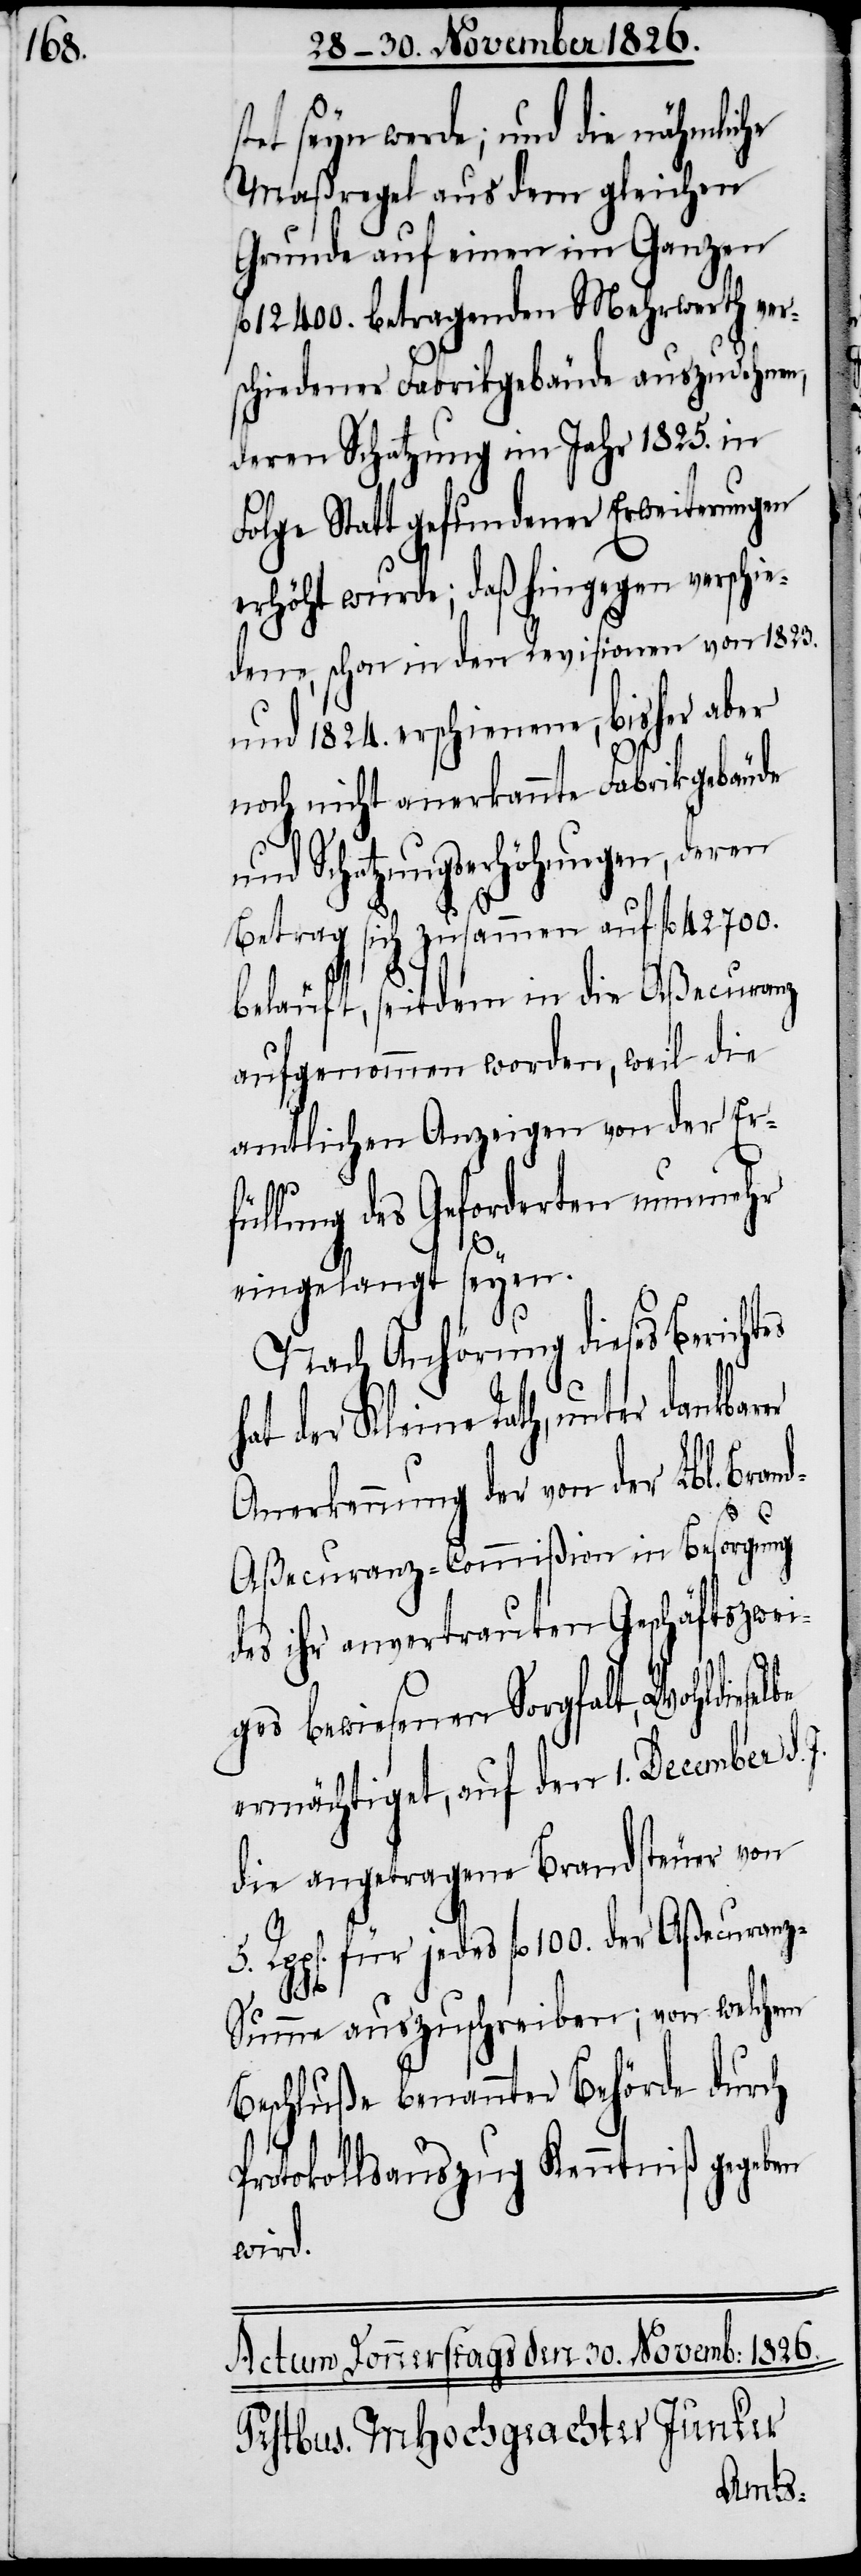
tet seyn werde; und die nähmliche
Maaßregel aus dem gleichen
Grunde auf einen im Ganzen
12 400. betragenden Mehrwerth ver¬
schiedener Fabrikgebäude auszudehnen,
deren Schatzung im Jahr 1825. in
Folge Statt gefundener Erweiterungen
erhöht wurde; daß hingegen verschi¬
edene, schon in den Revisionen von 1823.
und 1824. erschienene, bisher aber
noch nicht anerkannte Fabrikgebäude
und Schatzungserhöhungen, deren
Betrag sich zusammen auf fl. 42 700.
beläuft, seitdem in die Aßecuranz
aufgenommen worden, weil die
amtlichen Anzeigen von der Er¬
füllung des Geforderten nunmehr
s¬
eingelangt seyen.
5.
Nach Anhörung dieses Berichtes
hat der Kleine Rath, unter dankbarer
Anerkennung der von der Lbl. Bran¬
daßecuranz-Commißion in Besorgung
des ihr anvertrauten Geschäftszwei¬
ges bewiesenen Sorgfalt, Wohldieselbe
ermächtiget, auf den 1. December d.
die angetragene Brandsteuer von
Rpp[en]. für jedes fl. 100. der Aßecuran¬
z-Summe auszuschreiben; von welchem
Beschluße benannter Behörde durch
Protokollsauszug Kenntniß gegeben
wird.